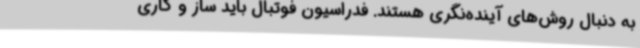
به دنبال روش‌های آینده‌نگری هستند. فدراسیون فوتبال باید ساز و کاری